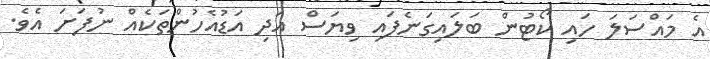
އެ މައްސަލަ ހައި ކޯޓުން ބަލައިގަނެފައި ވިޔަސް އަދި އަޑުއެހުންތަކެއް ނުފަށަ އެވެ.